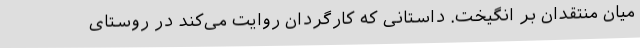
میان منتقدان بر انگیخت. داستانی که کارگردان روایت می‌کند در روستای